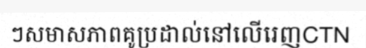
ៗសមាសភាពគូប្រដាល់នៅលើរេញCTN